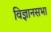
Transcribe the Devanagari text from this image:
विज्ञानसभा